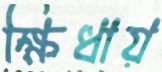
ক্ষিধায়